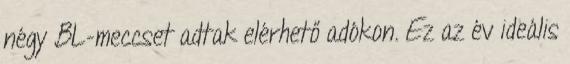
négy BL-meccset adtak elérhető adókon. Ez az év ideális